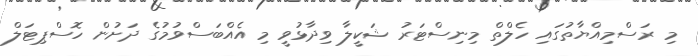
މި ރަސްމިއްޔާތުގައި ހެލްތް މިނިސްޓަރު ޝަކީލާ ވިދާޅުވީ މި އެއްބަސްވުމުގެ ދަށުން ހޮސްޕިޓަލް